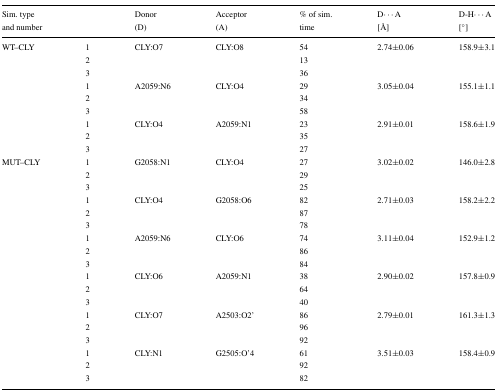
<table><thead><tr><td colspan="2"><b>Sim. type</b></td><td><b>Donor</b></td><td><b>Acceptor</b></td><td><b>% of sim.</b></td><td><b>D ⋯ A</b></td><td><b>D-H ⋯ A</b></td></tr><tr><td colspan="2"><b>and number</b></td><td><b>(D)</b></td><td><b>(A)</b></td><td><b>time</b></td><td><b>[Å]</b></td><td><b>[°]</b></td></tr></thead><tbody><tr><td>WT–CLY</td><td>1</td><td>CLY:O7</td><td>CLY:O8</td><td>54</td><td>2.74 ± 0.06</td><td>158.9 ± 3.1</td></tr><tr><td></td><td>2</td><td></td><td></td><td>13</td><td></td><td></td></tr><tr><td></td><td>3</td><td></td><td></td><td>36</td><td></td><td></td></tr><tr><td></td><td>1</td><td>A2059:N6</td><td>CLY:O4</td><td>29</td><td>3.05 ± 0.04</td><td>155.1 ± 1.1</td></tr><tr><td></td><td>2</td><td></td><td></td><td>34</td><td></td><td></td></tr><tr><td></td><td>3</td><td></td><td></td><td>58</td><td></td><td></td></tr><tr><td></td><td>1</td><td>CLY:O4</td><td>A2059:N1</td><td>23</td><td>2.91 ± 0.01</td><td>158.6 ± 1.9</td></tr><tr><td></td><td>2</td><td></td><td></td><td>35</td><td></td><td></td></tr><tr><td></td><td>3</td><td></td><td></td><td>27</td><td></td><td></td></tr><tr><td>MUT–CLY</td><td>1</td><td>G2058:N1</td><td>CLY:O4</td><td>27</td><td>3.02 ± 0.02</td><td>146.0 ± 2.8</td></tr><tr><td></td><td>2</td><td></td><td></td><td>29</td><td></td><td></td></tr><tr><td></td><td>3</td><td></td><td></td><td>25</td><td></td><td></td></tr><tr><td></td><td>1</td><td>CLY:O4</td><td>G2058:O6</td><td>82</td><td>2.71 ± 0.03</td><td>158.2 ± 2.2</td></tr><tr><td></td><td>2</td><td></td><td></td><td>87</td><td></td><td></td></tr><tr><td></td><td>3</td><td></td><td></td><td>78</td><td></td><td></td></tr><tr><td></td><td>1</td><td>A2059:N6</td><td>CLY:O6</td><td>74</td><td>3.11 ± 0.04</td><td>152.9 ± 1.2</td></tr><tr><td></td><td>2</td><td></td><td></td><td>86</td><td></td><td></td></tr><tr><td></td><td>3</td><td></td><td></td><td>84</td><td></td><td></td></tr><tr><td></td><td>1</td><td>CLY:O6</td><td>A2059:N1</td><td>38</td><td>2.90 ± 0.02</td><td>157.8 ± 0.9</td></tr><tr><td></td><td>2</td><td></td><td></td><td>64</td><td></td><td></td></tr><tr><td></td><td>3</td><td></td><td></td><td>40</td><td></td><td></td></tr><tr><td></td><td>1</td><td>CLY:O7</td><td>A2503:O2’</td><td>86</td><td>2.79 ± 0.01</td><td>161.3 ± 1.3</td></tr><tr><td></td><td>2</td><td></td><td></td><td>96</td><td></td><td></td></tr><tr><td></td><td>3</td><td></td><td></td><td>92</td><td></td><td></td></tr><tr><td></td><td>1</td><td>CLY:N1</td><td>G2505:O’4</td><td>61</td><td>3.51 ± 0.03</td><td>158.4 ± 0.9</td></tr><tr><td></td><td>2</td><td></td><td></td><td>92</td><td></td><td></td></tr><tr><td></td><td>3</td><td></td><td></td><td>82</td><td></td><td></td></tr></tbody></table>